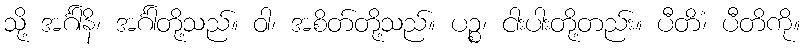
သို့ အင်္ဂါနိ၊ အင်္ဂါတို့သည်။ ဝါ၊ အစိတ်တို့သည်။ ပဉ္စ၊ ငါးပါးတို့တည်း။ ပီတိံ၊ ပီတိကို။